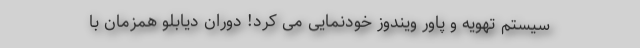
سیستم تهویه و پاور ویندوز خودنمایی می کرد! دوران دیابلو همزمان با